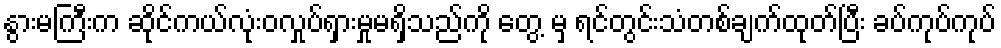
နွားမကြီးက ဆိုင်ကယ်လုံးဝလှုပ်ရှားမှုမရှိသည်ကို တွေ့ မှ ရင်တွင်းသံတစ်ချက်ထုတ်ပြီး ခပ်ကုပ်ကုပ်